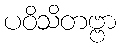
ပဝိသိတဗ္ဗာ